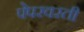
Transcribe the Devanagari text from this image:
पेपरवरती